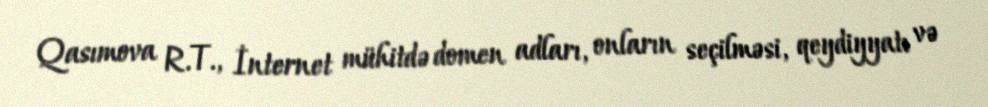
Qasımova R.T., İnternet mühitdə domen adları, onların seçilməsi, qeydiyyatı və